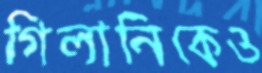
গিলানিকেও